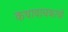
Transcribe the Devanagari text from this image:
कथावाचकाची